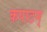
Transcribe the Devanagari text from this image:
कपाटम्